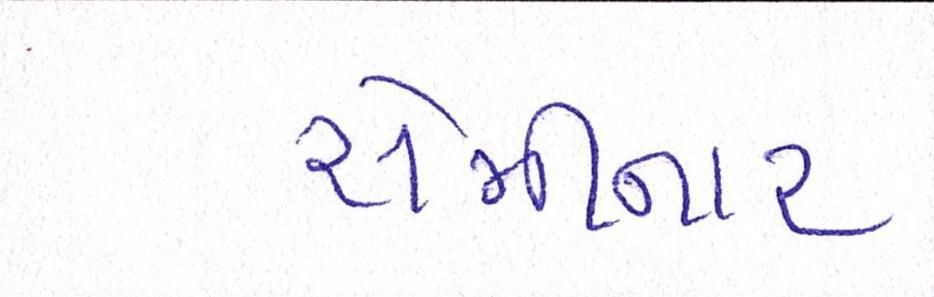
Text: સેમીનાર